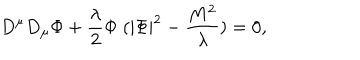
D ^ { \mu } D _ { \mu } \Phi + \frac { \lambda } { 2 } \Phi \; ( | \Phi | ^ { 2 } - \frac { M ^ { 2 } } { \lambda } ) = 0 ,